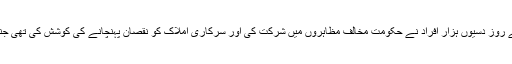
غیر ملکی میڈیا کے مطابق یلو ویسٹ تحریک کے تحت ہفتے کے روز دسیوں ہزار افراد نے حکومت مخالف مظاہروں میں شرکت کی اور سرکاری املاک کو نقصان پہنچانے کی کوشش کی تھی جنہیں منتشر کرنے کےلیے پولیس آنسو گیس کا آزادنہ استعمال کیا۔